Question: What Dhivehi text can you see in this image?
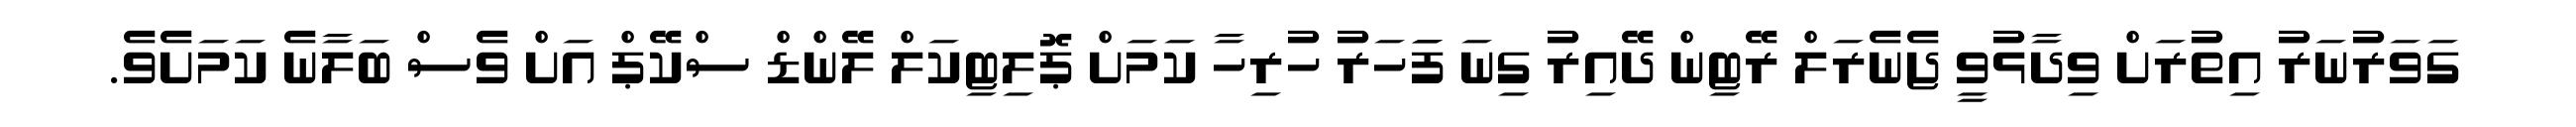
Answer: ގަވަރުނަރު އިތުރަށް ވިދާޅުވީ ޖެނެރަލް ރޭޓިން ދޭއިރު ގިނަ ފަަހަރު ހުރިހާ ކަމަށް ޕޮލިޓިކަލް ލޭންޑް ސްކޭޕް އަށް ވެސް ބަލާނެ ކަމަށެވެ.